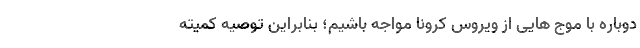
دوباره با موج هایی از ویروس کرونا مواجه باشیم؛ بنابراین توصیه کمیته